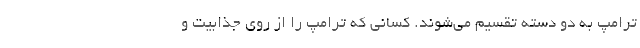
ترامپ به دو دسته تقسیم می‌شوند. کسانی که ترامپ را از روی جذابیت و